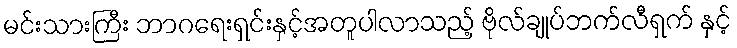
မင်းသားကြီး ဘာဂရေးရှင်းနှင့်အတူပါလာသည့် ဗိုလ်ချုပ်ဘက်လီရှက် နှင့်